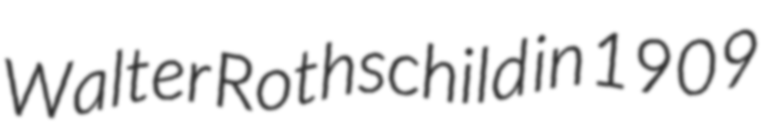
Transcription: Walter Rothschild in 1909